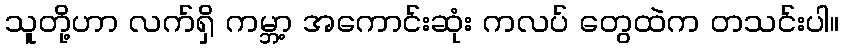
သူတို့ဟာ လက်ရှိ ကမ္ဘာ့ အကောင်းဆုံး ကလပ် တွေထဲက တသင်းပါ။